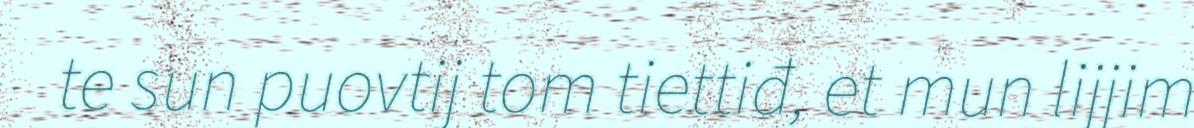
te sun puovtij tom tiettiđ, et mun lijjim